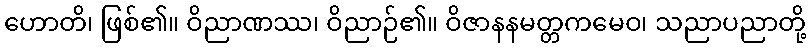
ဟောတိ၊ ဖြစ်၏။ ဝိညာဏဿ၊ ဝိညာဉ်၏။ ဝိဇာနနမတ္တကမေဝ၊ သညာပညာတို့